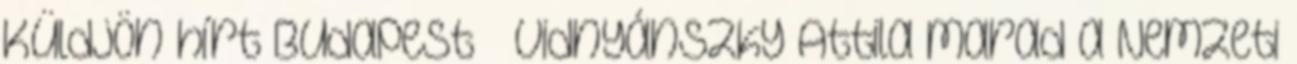
Küldjön hírt Budapest – Vidnyánszky Attila marad a Nemzeti